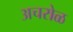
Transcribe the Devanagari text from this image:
अचरोळ